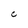
Character: C